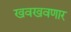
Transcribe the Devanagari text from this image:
खवखवणार